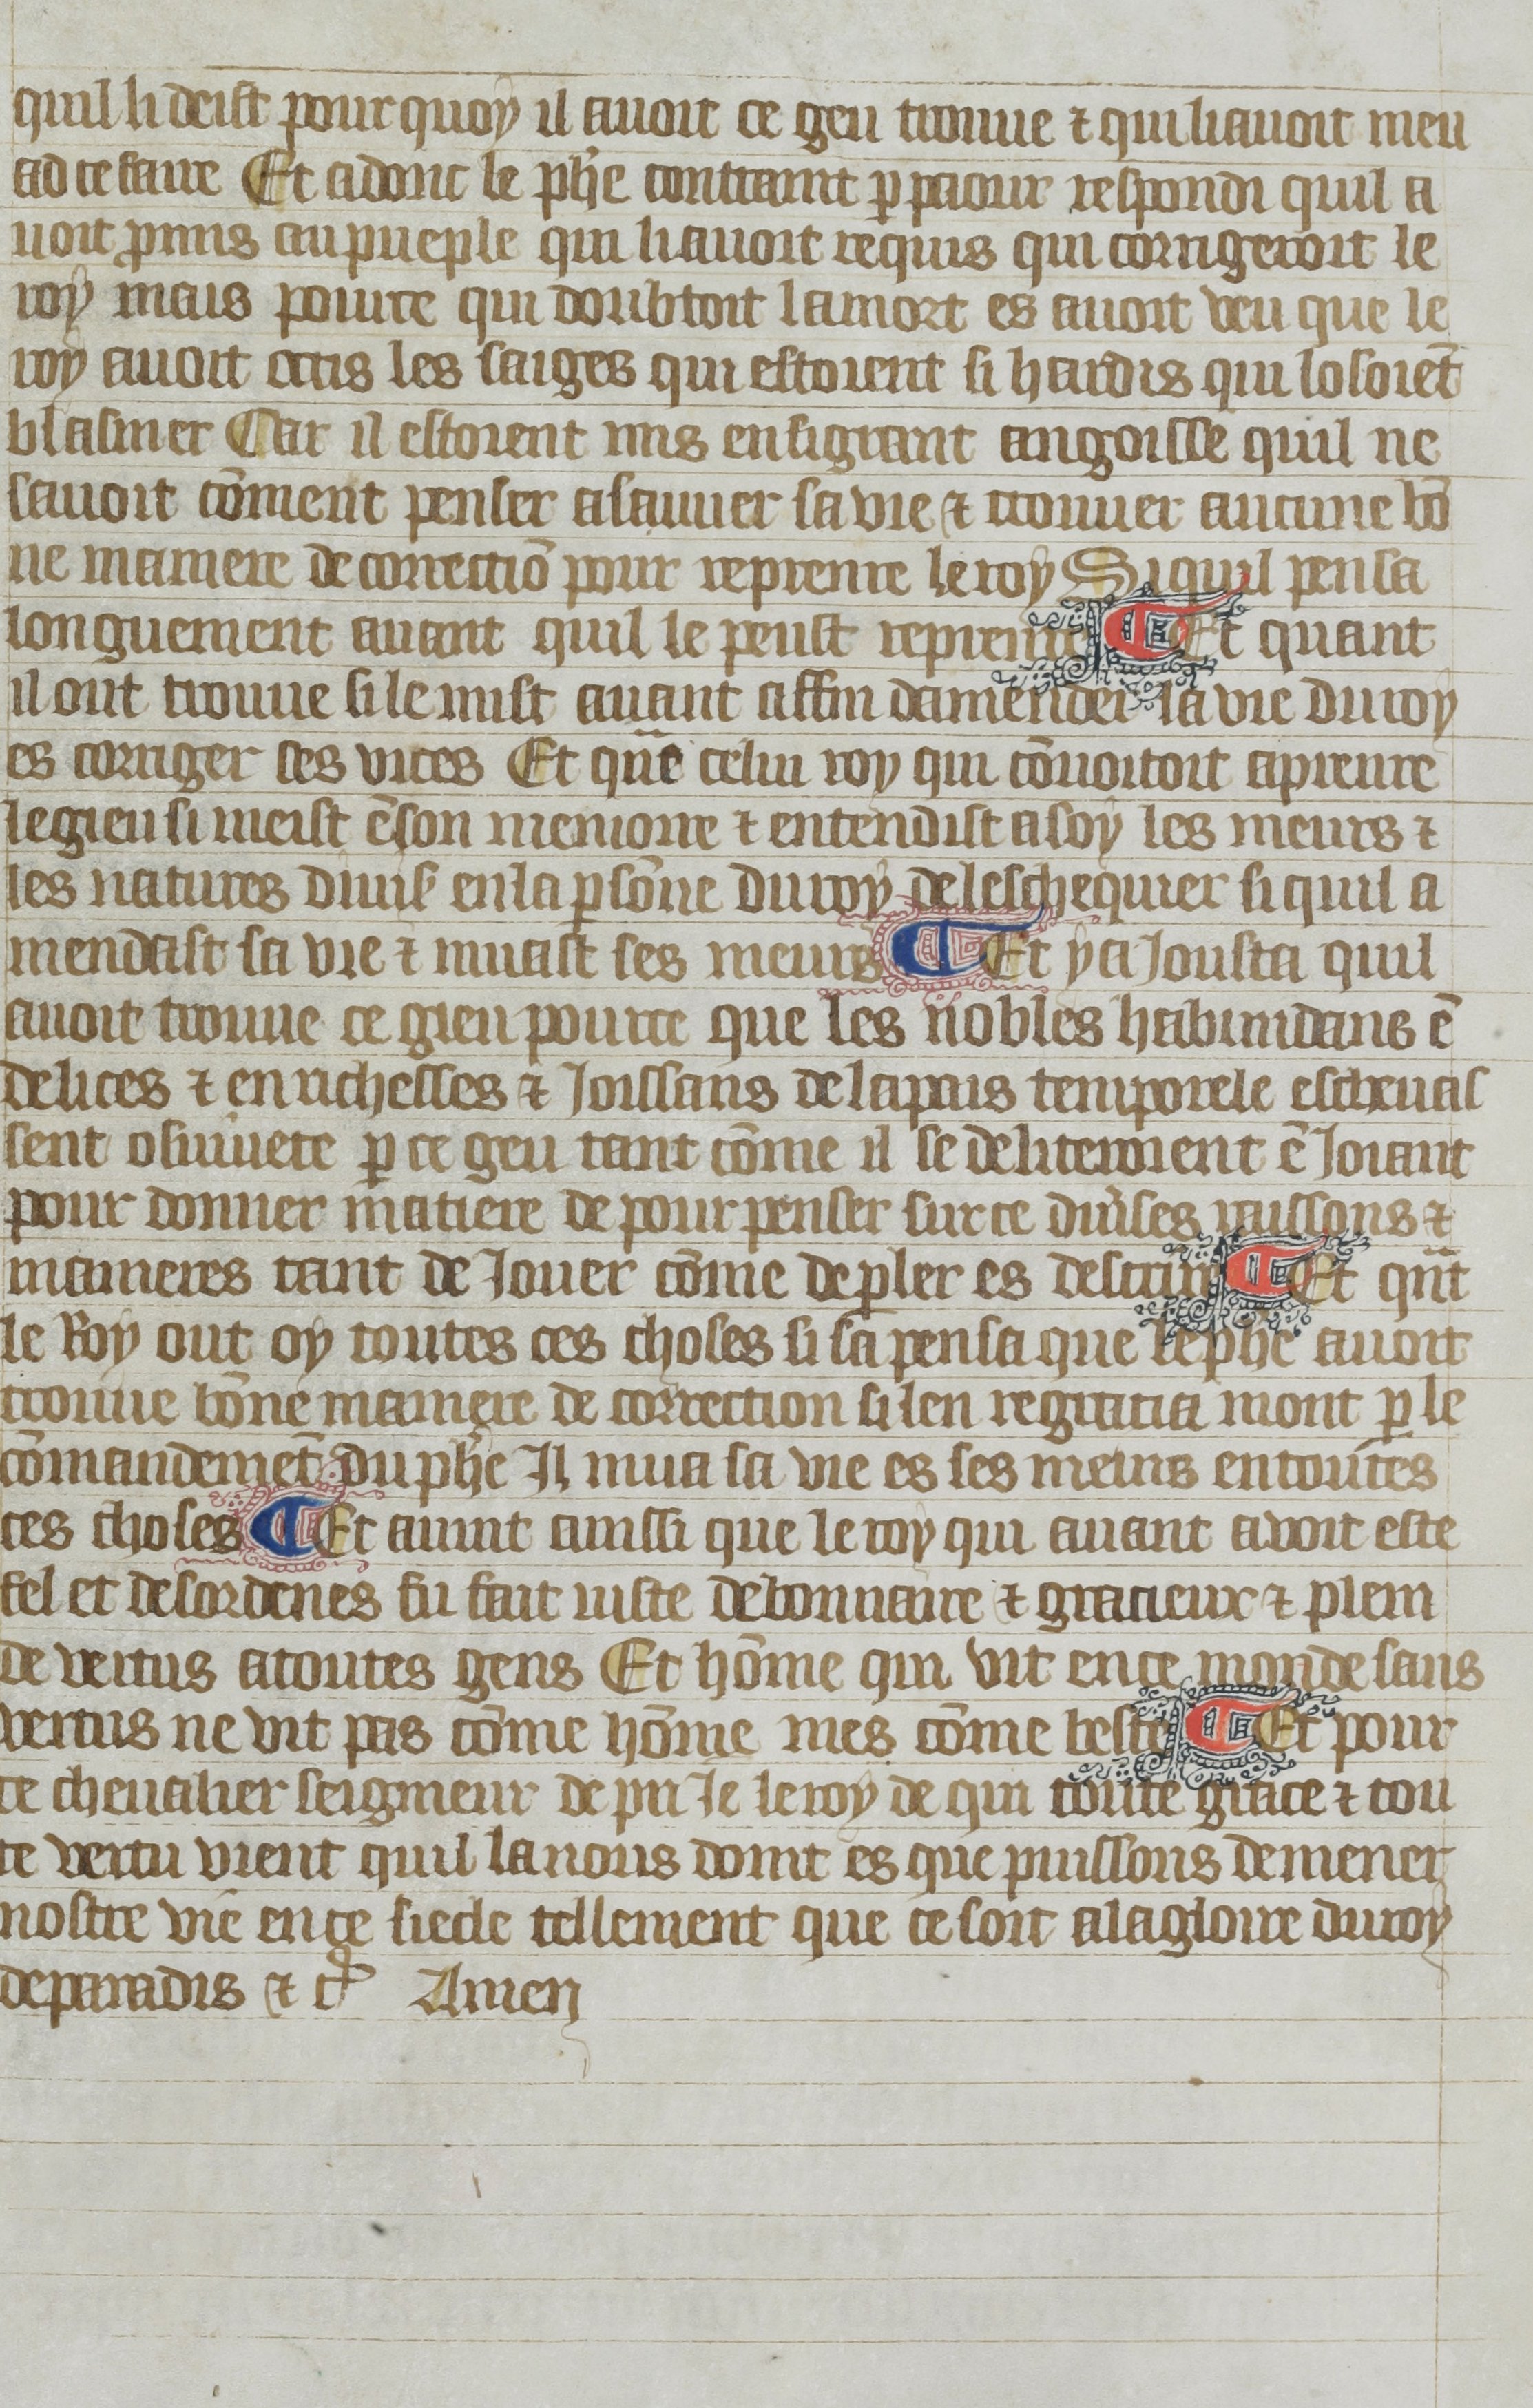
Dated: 1380–1399